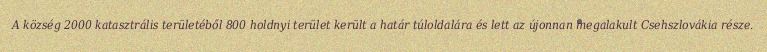
A község 2000 katasztrális területéből 800 holdnyi terület került a határ túloldalára és lett az újonnan megalakult Csehszlovákia része.